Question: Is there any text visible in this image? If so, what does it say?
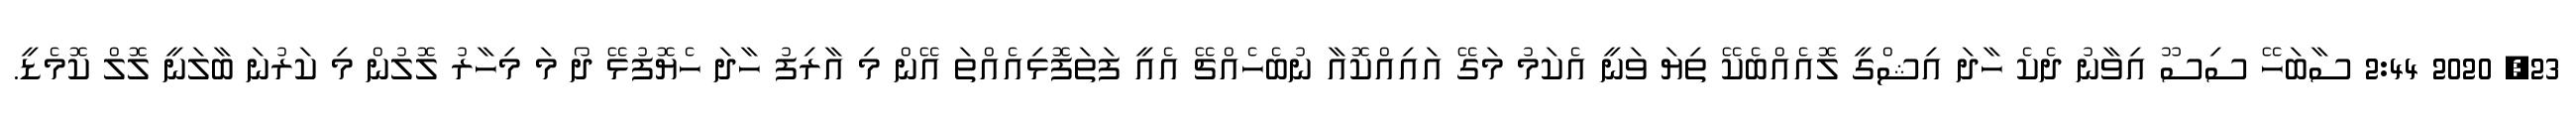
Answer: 23, 2020 2:44 ސާބަހޭ ސިސޫ އިވާނު ދެކެ ހާދަ އިޝްގީ ލޮއެއްބެކޭ ތިޔަ ވަނީ އެކަމު މަގޭ އައިއްކޮއާ ނުބެހެއްޗޭ އެއީ ފަތަފޮޅިއެއްތަ އޭން މި އާރިފު ހާދަ ހެޔޮފުޅޭ ދޯ މަ މިހާރު ލޮލުން މި ކަރުނަ ބާލަނީ ލޮލް ކޮމެޑީ.